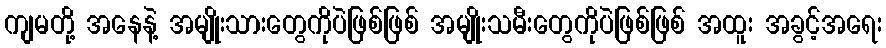
ကျမတို့ အနေနဲ့ အမျိုးသားတွေကိုပဲဖြစ်ဖြစ် အမျိုးသမီးတွေကိုပဲဖြစ်ဖြစ် အထူး အခွင့်အရေး